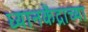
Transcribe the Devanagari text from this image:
ध्यानकेंद्राच्या